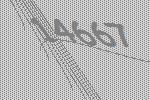
14667